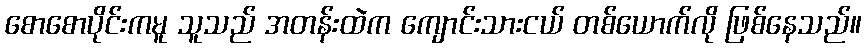
စောစောပိုင်းကမူ သူသည် အတန်းထဲက ကျောင်းသားငယ် တစ်ယောက်လို ဖြစ်နေသည်။